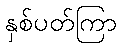
နှစ်ပတ်ကြာ